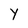
Character: Y